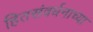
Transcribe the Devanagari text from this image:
हितसंवर्धनाच्या